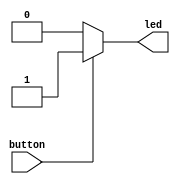
module pushbutton 
 (
   input button,

   output reg led
  
 );
 
  always @(button) begin
   
	if(button) begin
	    led = button;
		 
	end
	else begin
	    led = 1'b0;
	end
	
	 

  end
endmodule